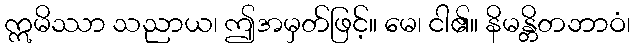
ဣမိဿာ သညာယ၊ ဤအမှတ်ဖြင့်။ မေ၊ ငါ၏။ နိမန္တိတဘာဝံ၊